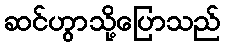
ဆင်ဟွာသို့ပြောသည်